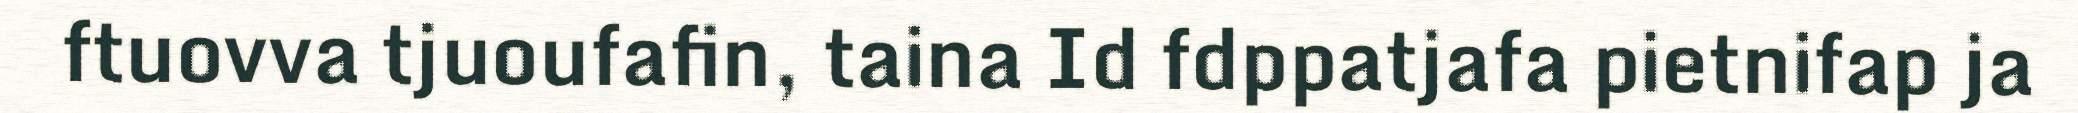
ftuovva tjuoufafin, taina Id fdppatjafa pietnifap ja